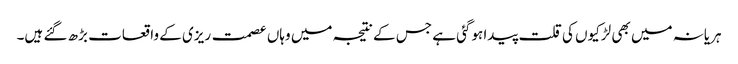
ہریانہ میں بھی لڑکیوں کی قلت پیدا ہوگئی ہے جس کے نتیجہ میں وہاں عصمت ریزی کے واقعات بڑھ گئے ہیں۔